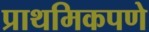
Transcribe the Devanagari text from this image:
प्राथमिकपणे